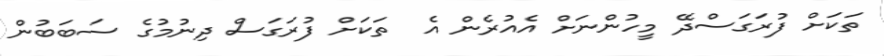
ތަކަށް ފުރަގަސްދޭ މީހުންނަށް އެއުރެން އެ  ތަކަށް ފުރަގަސް ދިނުމުގެ ސަބަބުން